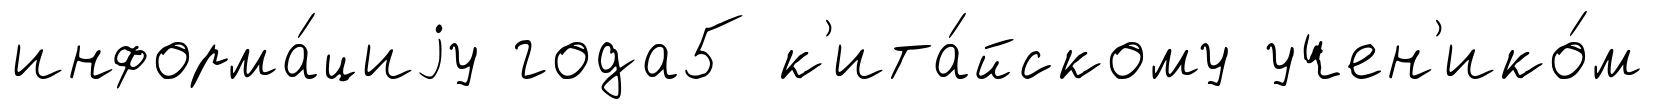
информа́циjу года5 к'ита́йскому учен'ико́м